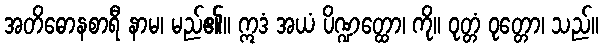
အတိဓောနစာရီ နာမ၊ မည်၏။ ဣဒံ အယံ ပိဏ္ဍတ္ထော၊ ကို။ ဝုတ္တံ ဝုတ္တော၊ သည်။